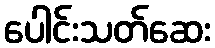
ပေါင်းသတ်ဆေး